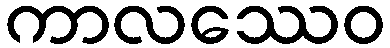
ကာလဿေဝ